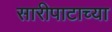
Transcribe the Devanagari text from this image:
सारीपाटाच्या